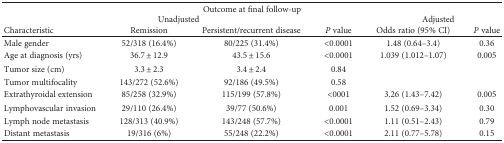
<table><thead><tr><td colspan="6"><b>Outcome at final follow-up</b></td></tr><tr><td colspan="4"><b>Unadjusted</b></td><td colspan="2"><b>Adjusted</b></td></tr><tr><td><b>Characteristic</b></td><td><b>Remission</b></td><td><b>Persistent/recurrent disease</b></td><td><b><i>P</i> value</b></td><td><b>Odds ratio (95% CI)</b></td><td><b><i>P</i> value</b></td></tr></thead><tbody><tr><td>Male gender</td><td>52/318 (16.4%)</td><td>80/225 (31.4%)</td><td>&lt;0.0001</td><td>1.48 (0.64–3.4)</td><td>0.36</td></tr><tr><td>Age at diagnosis (yrs)</td><td>36.7 ± 12.9</td><td>43.5 ± 15.6</td><td>&lt;0.0001</td><td>1.039 (1.012–1.07)</td><td>0.005</td></tr><tr><td>Tumor size (cm)</td><td>3.3 ± 2.3</td><td>3.4 ± 2.4</td><td>0.84</td><td></td><td></td></tr><tr><td>Tumor multifocality</td><td>143/272 (52.6%)</td><td>92/186 (49.5%)</td><td>0.58</td><td></td><td></td></tr><tr><td>Extrathyroidal extension</td><td>85/258 (32.9%)</td><td>115/199 (57.8%)</td><td>&lt;0001</td><td>3.26 (1.43–7.42)</td><td>0.005</td></tr><tr><td>Lymphovascular invasion</td><td>29/110 (26.4%)</td><td>39/77 (50.6%)</td><td>0.001</td><td>1.52 (0.69–3.34)</td><td>0.30</td></tr><tr><td>Lymph node metastasis</td><td>128/313 (40.9%)</td><td>143/248 (57.7%)</td><td>&lt;0.0001</td><td>1.11 (0.51–2.43)</td><td>0.79</td></tr><tr><td>Distant metastasis</td><td>19/316 (6%)</td><td>55/248 (22.2%)</td><td>&lt;0.0001</td><td>2.11 (0.77–5.78)</td><td>0.15</td></tr></tbody></table>